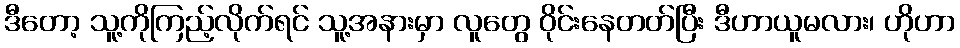
ဒီတော့ သူ့ကိုကြည့်လိုက်ရင် သူ့အနားမှာ လူတွေ ဝိုင်းနေတတ်ပြီး ဒီဟာယူမလား၊ ဟိုဟာ